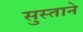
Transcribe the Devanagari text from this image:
सुस्ताने